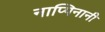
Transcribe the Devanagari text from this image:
नाप्पिनानी